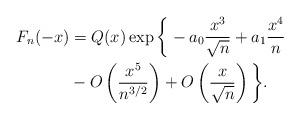
LaTeX: \begin{align*} F_n(-x) &= Q(x) \exp\bigg\{-a_0 \frac{x^3}{\sqrt{n}} + a_1 \frac{x^4}{n} \\ &- O\left(\frac{x^5}{n^{3/2}}\right) + O\left(\frac{x}{\sqrt{n}}\right) \bigg\}. \end{align*}